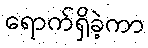
ရောက်ရှိခဲ့ကာ